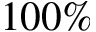
1 0 0 \%